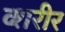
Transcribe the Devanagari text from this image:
व्शरीर